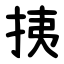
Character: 挗